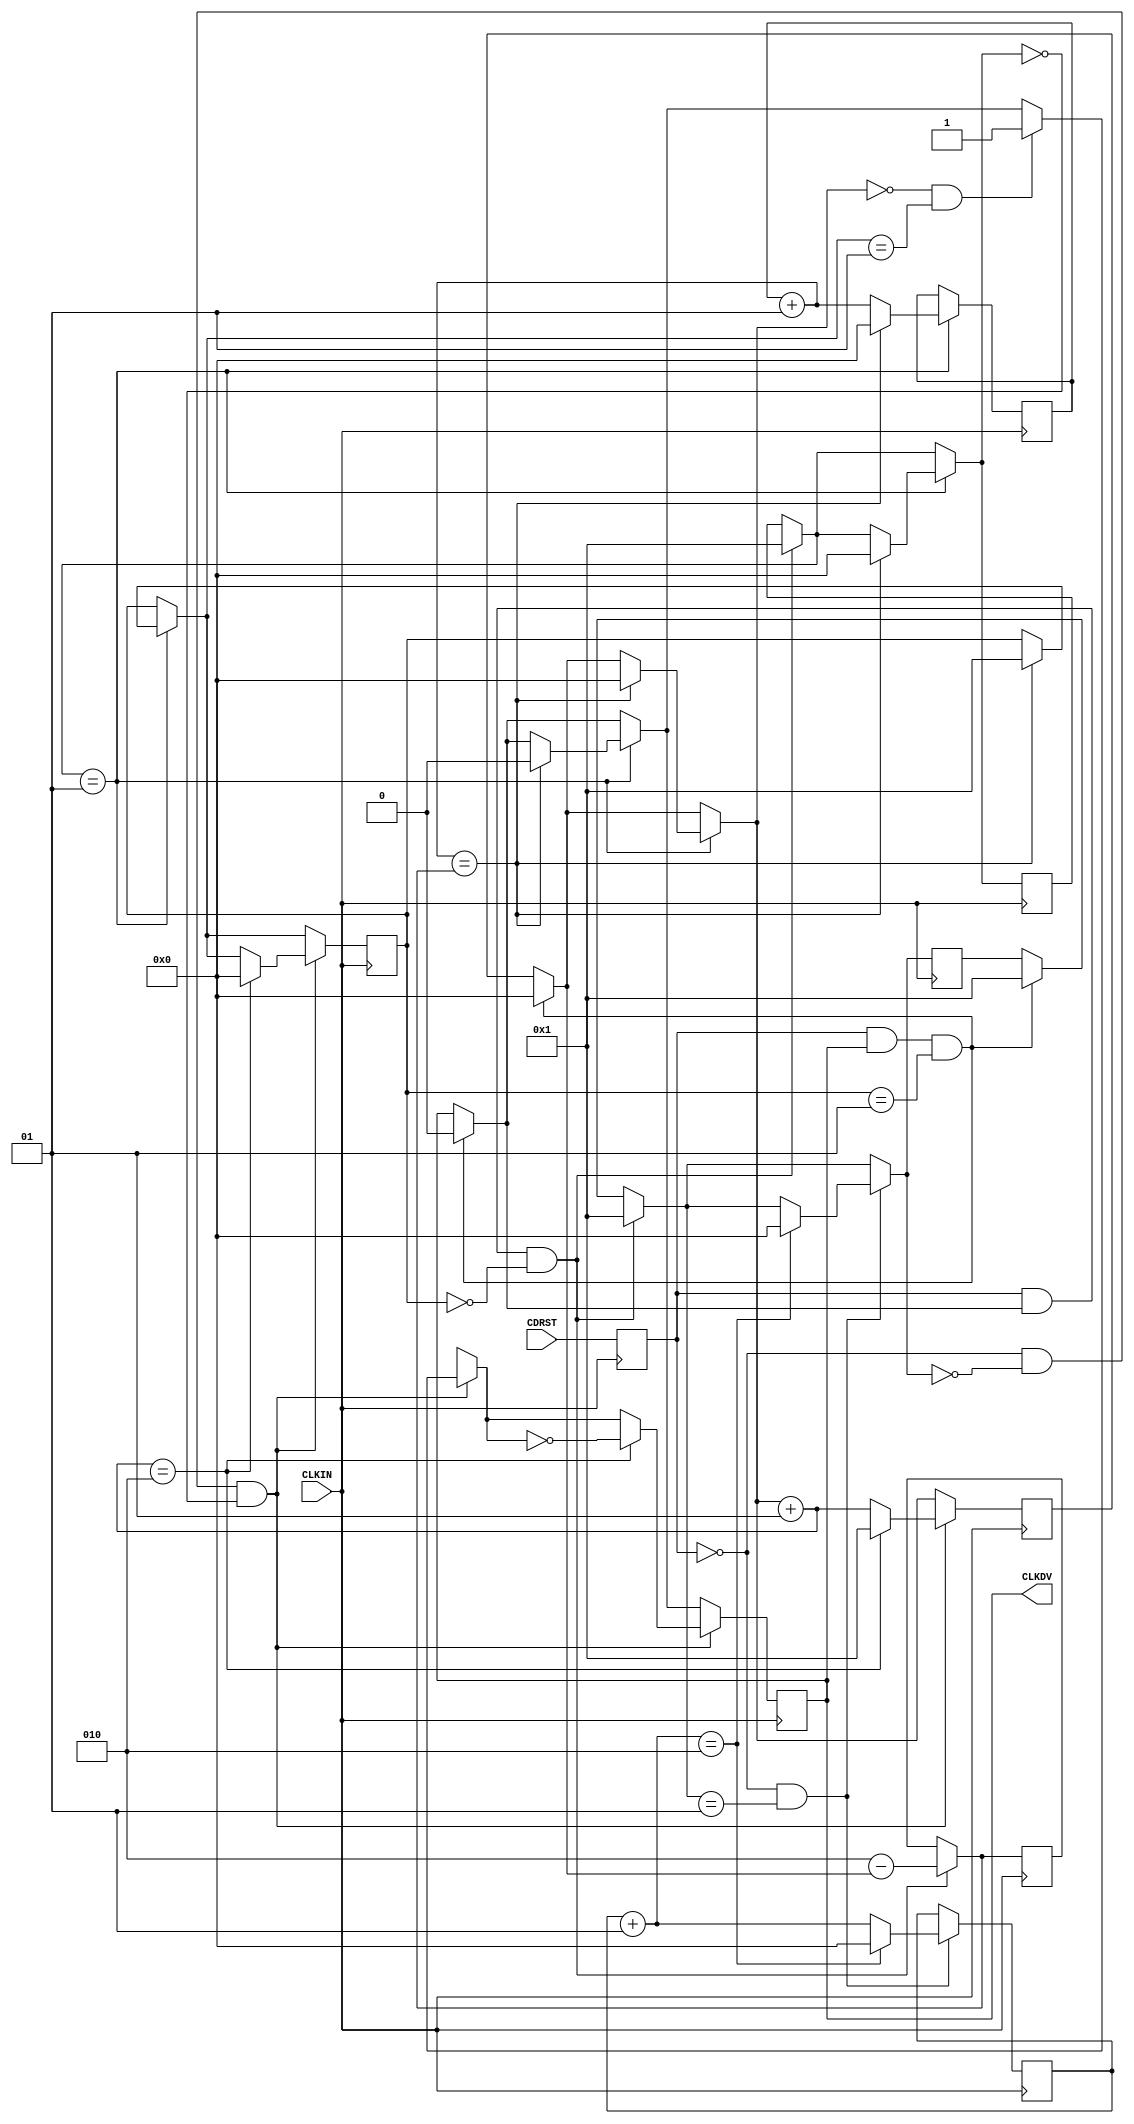
// $Header: /devl/xcs/repo/env/Databases/CAEInterfaces/verunilibs/data/uni9000/CLK_DIV2RSD.v,v 1.6 2008/05/01 20:24:36 vandanad Exp $
///////////////////////////////////////////////////////////////////////////////
// Copyright (c) 1995/2004 Xilinx, Inc.
// All Right Reserved.
///////////////////////////////////////////////////////////////////////////////
//   ____  ____
//  /   /\/   /
// /___/  \  /    Vendor : Xilinx
// \   \   \/     Version : 8.2i (I.28)
//  \   \         Description : Xilinx Functional Simulation Library Component
//  /   /                  Global Clock Divider with Synchronous Reset and Start Delay
// /___/   /\     Filename : CLK_DIV2RSD.v
// \   \  /  \    Timestamp : Thu Mar 25 16:41:45 PST 2004
//  \___\/\___\
//
// Revision:
//    03/23/04 - Initial version.
//    02/22/06 - CR#226003 - Added integer, real parameter type
//    05/23/07 - Changed timescale to 1 ps / 1 ps.

`timescale 1 ps / 1 ps

module CLK_DIV2RSD (CLKDV,CDRST,CLKIN);


input CDRST,CLKIN;
output CLKDV;
reg CLKDV;
reg CDRST_i;

localparam integer DIVIDE_BY = 2;
localparam integer DIVIDER_DELAY = 1;

integer CLOCK_DIVIDER;
integer RESET_WAIT_COUNT;
integer START_WAIT_COUNT;
integer DELAY_RESET;
integer DELAY_START;
integer STARTUP;
integer NO_BITS_REMAINING;

initial begin
 CLOCK_DIVIDER = 0;
 RESET_WAIT_COUNT = 0;
 START_WAIT_COUNT = 0;
 DELAY_RESET = 0;
 DELAY_START = DIVIDER_DELAY;
 NO_BITS_REMAINING = 0;
 STARTUP = 1;
 CLKDV = 1'b0;
end

always @(negedge CLKIN)
begin
CDRST_i = CDRST;
end

always @(posedge CLKIN)
begin

if (CDRST_i && (CLKDV == 1'b1) && (STARTUP == 1))
begin
	CLKDV = 1'b0;
	CLOCK_DIVIDER = 0;
	DELAY_START = DIVIDER_DELAY;
end
 
if (CDRST_i && (CLKDV == 1'b1) && (STARTUP == 0))
 begin
	NO_BITS_REMAINING = ((DIVIDE_BY/2 + 1) - CLOCK_DIVIDER);
	DELAY_RESET = 1 ;
	DELAY_START = DIVIDER_DELAY;
 end

if (DELAY_RESET == 1)		
	begin
	RESET_WAIT_COUNT = RESET_WAIT_COUNT + 1;
		 if (RESET_WAIT_COUNT == NO_BITS_REMAINING)
 		 begin
			CLKDV = 1'b0;
			DELAY_RESET = 0;
			RESET_WAIT_COUNT = 0;
			STARTUP = 1;
			CLOCK_DIVIDER = 0;
		 end
	end


if (CDRST_i == 1'b0 && DELAY_START == 1) 
 begin
 START_WAIT_COUNT = START_WAIT_COUNT + 1;
	if (START_WAIT_COUNT == DIVIDE_BY)
	begin
	START_WAIT_COUNT = 0;
	DELAY_START  = 0;
	end
 end

if (CDRST_i == 1'b0 && DELAY_START == 0 && DELAY_RESET == 0) 
 begin
	if ((CLOCK_DIVIDER ==  0) && (STARTUP == 1))
	begin
	CLKDV = 1'b1;
	end
 	CLOCK_DIVIDER = CLOCK_DIVIDER + 1;
	if (CLOCK_DIVIDER == (DIVIDE_BY/2 + 1)) 
	begin
	STARTUP = 0;
	CLOCK_DIVIDER = 1;
	CLKDV = ~CLKDV;
	end
 end

end

endmodule